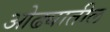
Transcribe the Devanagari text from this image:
ओढ्यातील